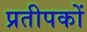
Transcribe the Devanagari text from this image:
प्रतीपकों